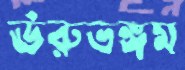
ঊরুভঙ্গম